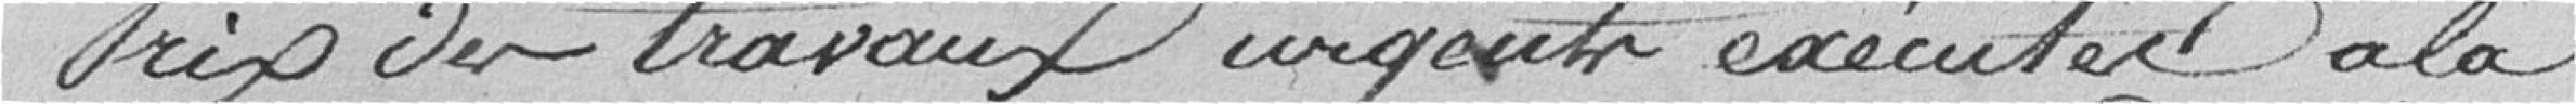
Prix des travaux urgents exécutés à la